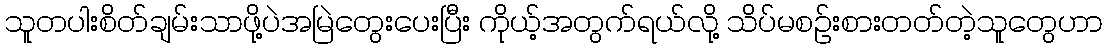
သူတပါးစိတ်ချမ်းသာဖို့ပဲအမြဲတွေးပေးပြီး ကိုယ့်အတွက်ရယ်လို့ သိပ်မစဉ်းစားတတ်တဲ့သူတွေဟာ